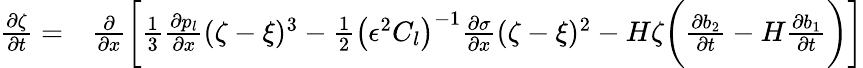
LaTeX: \begin{array}{rl}{\frac{\partial\zeta}{\partial t}=}&{{}\frac{\partial}{\partial x}\bigg[\frac{1}{3}\frac{\partial p_{l}}{\partial x}(\zeta-\xi)^{3}-\frac{1}{2}\left(\epsilon^{2}C_{l}\right)^{-1}\frac{\partial\sigma}{\partial x}(\zeta-\xi)^{2}-H\zeta\bigg(\frac{\partial b_{2}}{\partial t}-H\frac{\partial b_{1}}{\partial t}\bigg)\bigg]}\end{array}